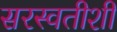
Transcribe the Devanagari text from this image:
सरस्वतीशी